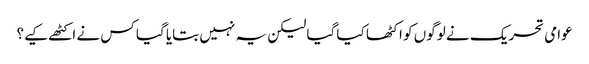
عوامی تحریک نے لوگوں کو اکٹھا کیا گیا لیکن یہ نہیں بتایا گیا کس نے اکٹھے کیے؟